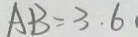
A B = 3 . 6